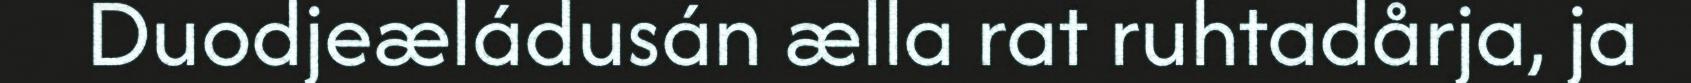
Duodjeæládusán ælla rat ruhtadårja, ja